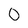
Character: 0